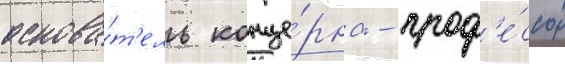
основа́т'ель конце́рна - проф'е́ссор